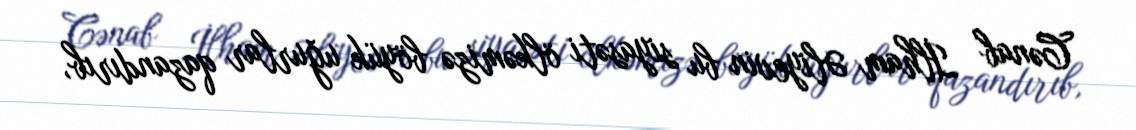
Cənab İlham Əliyevin bu siyasəti ölkəmizə böyük uğurlar qazandırıb,